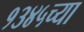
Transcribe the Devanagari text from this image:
१३४५च्या